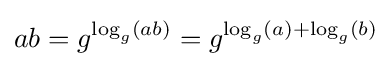
ab=g^{\log _{g}(ab)}=g^{\log _{g}(a)+\log _{g}(b)}